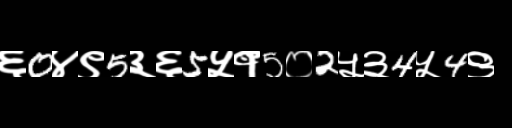
Text: ६0४९5३६5५१5०2५३4५4९